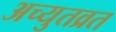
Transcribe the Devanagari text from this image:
अच्युतव्रत